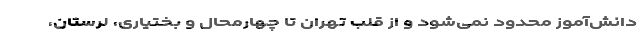
دانش‌آموز محدود نمی‌شود و از قلب تهران تا چهارمحال و بختیاری، لرستان،